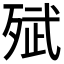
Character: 𭮗